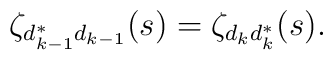
\zeta_{d_{k-1}^*d_{k-1}} (s) =\zeta_{d_{k}d_{k}^*} (s).